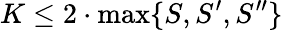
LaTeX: K\le 2\cdot\operatorname*{max}\{ S,S^{\prime},S^{\prime\prime}\}